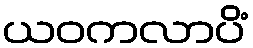
ယဝကလာပိံ